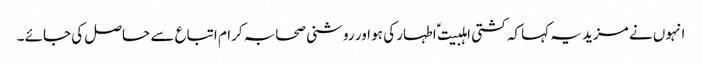
انہوں نے مزید یہ کہا کہ کشتی اہلبیت ؑ اطہار کی ہو اور روشنی صحابہ کرام اتباع سے حاصل کی جائے ۔